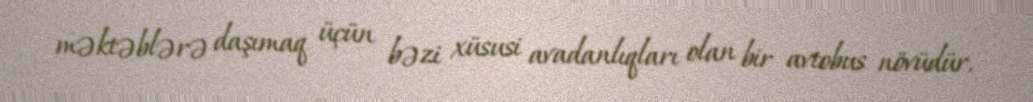
məktəblərə daşımaq üçün bəzi xüsusi avadanlıqları olan bir avtobus növüdür.